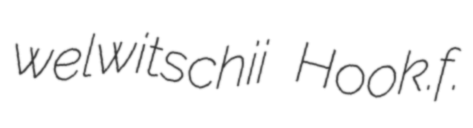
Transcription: welwitschii Hook.f.